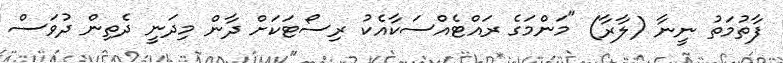
ފާތުމަތު ނީނާ (ލާރާ) "މަންމަގެ ރައްޓެއްސަކާއެކު ރިސޯޓަކަށް ދާން މިދަނީ ދެތިން ދުވަސް